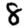
Digit: 8